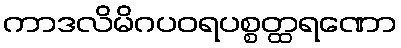
ကာဒလိမိဂပဝရပစ္စတ္ထရဏော